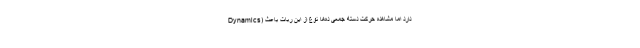
Dynamics) دارد اما مشاهده حرکت دسته جمعی ده‌ها نوع از این ربات باعث